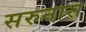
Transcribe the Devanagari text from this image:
सरुनास